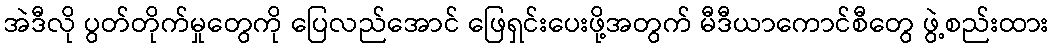
အဲဒီလို ပွတ်တိုက်မှုတွေကို ပြေလည်အောင် ဖြေရှင်းပေးဖို့အတွက် မီဒီယာကောင်စီတွေ ဖွဲ့စည်းထား